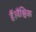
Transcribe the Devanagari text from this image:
हैं।वैश्विक